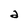
Character: a